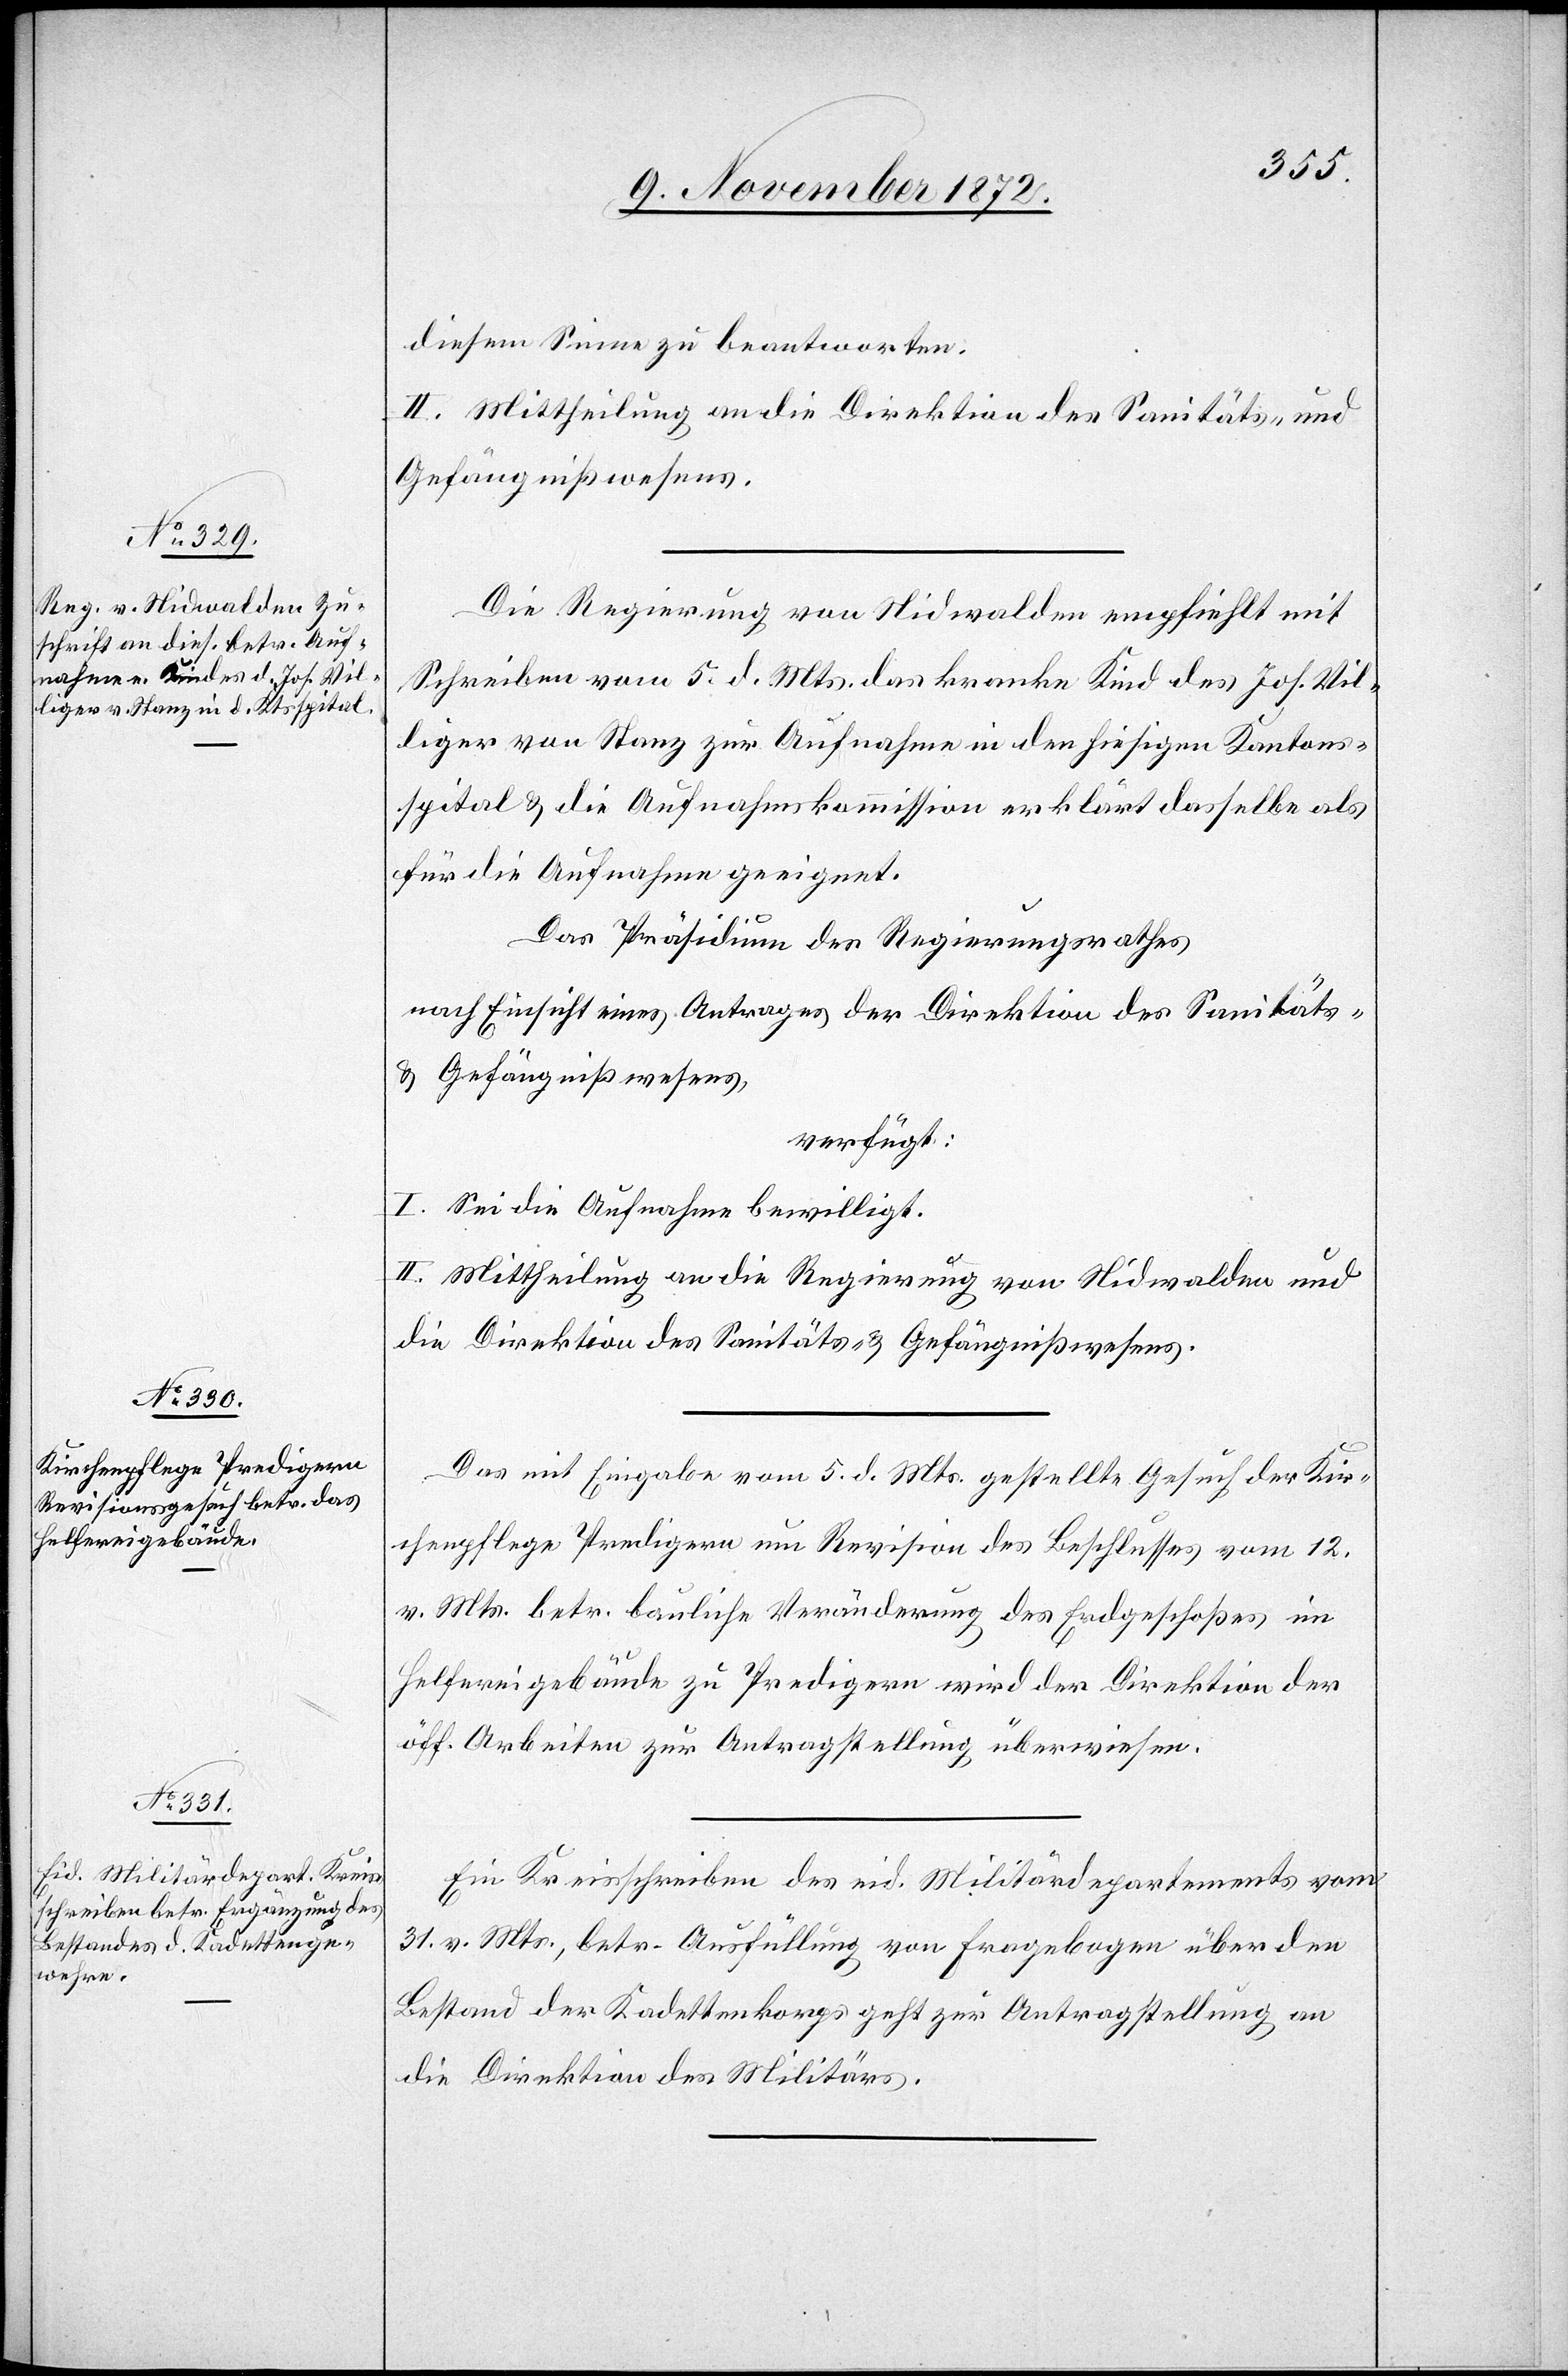
9. November 1872.]
diesem Sinne zu beantworten.
II. Mittheilung an die Direktion des Sanitäts- u.
Gefängnißwesens.
Die Regierung von Nidwalden empfiehlt mit
Schreiben vom 5. d. Mts. das kranke Kind des Jos. Vil¬
liger von Stanz zur Aufnahme in den hiesigen Kantons¬
spital u. die Aufnahmskommission erklärt dasselbe als
für die Aufnahme geeignet.
Das Präsidium des Regierungsrathes
nach Einsicht eines Antrages der Direktion des Sanitäts-
u. Gefängnißwesens,
verfügt:
I. Sei die Aufnahme bewilligt.
II. Mittheilung an die Regierung von Nidwalden und
die Direktion des Sanitäts- u. Gefängnißwesens.
Das mit Eingabe vom 5. d. Mts. gestellte Gesuch der Kir¬
chenpflege Predigern um Revision des Beschlusses vom 12.
v. Mts. betr. bauliche Veränderung des Erdgeschoßes im
Helfereigebäude zu Predigern wird der Direktion der
öff. Arbeiten zur Antragstellung überwiesen.
Ein Kreisschreiben des eid. Militärdepartements vom
31. v. Mts., betr. Ausfüllung von Fragebogen über den
Bestand der Kadettenkorps geht zur Antragstellung an
die Direktion des Militärs.